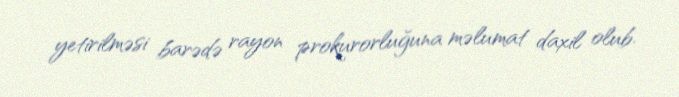
yetirilməsi barədə rayon prokurorluğuna məlumat daxil olub.